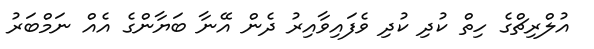
އުލްރިޗްގެ ހިތް ކުދި ކުދި ވެފައިވާއިރު ދެން އޭނާ ބަޔާންގެ އެއް ނަމްބަރު